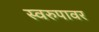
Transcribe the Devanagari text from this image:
स्वरुपावर